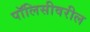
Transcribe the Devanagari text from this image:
पॉलिसीवरील